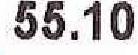
55.10